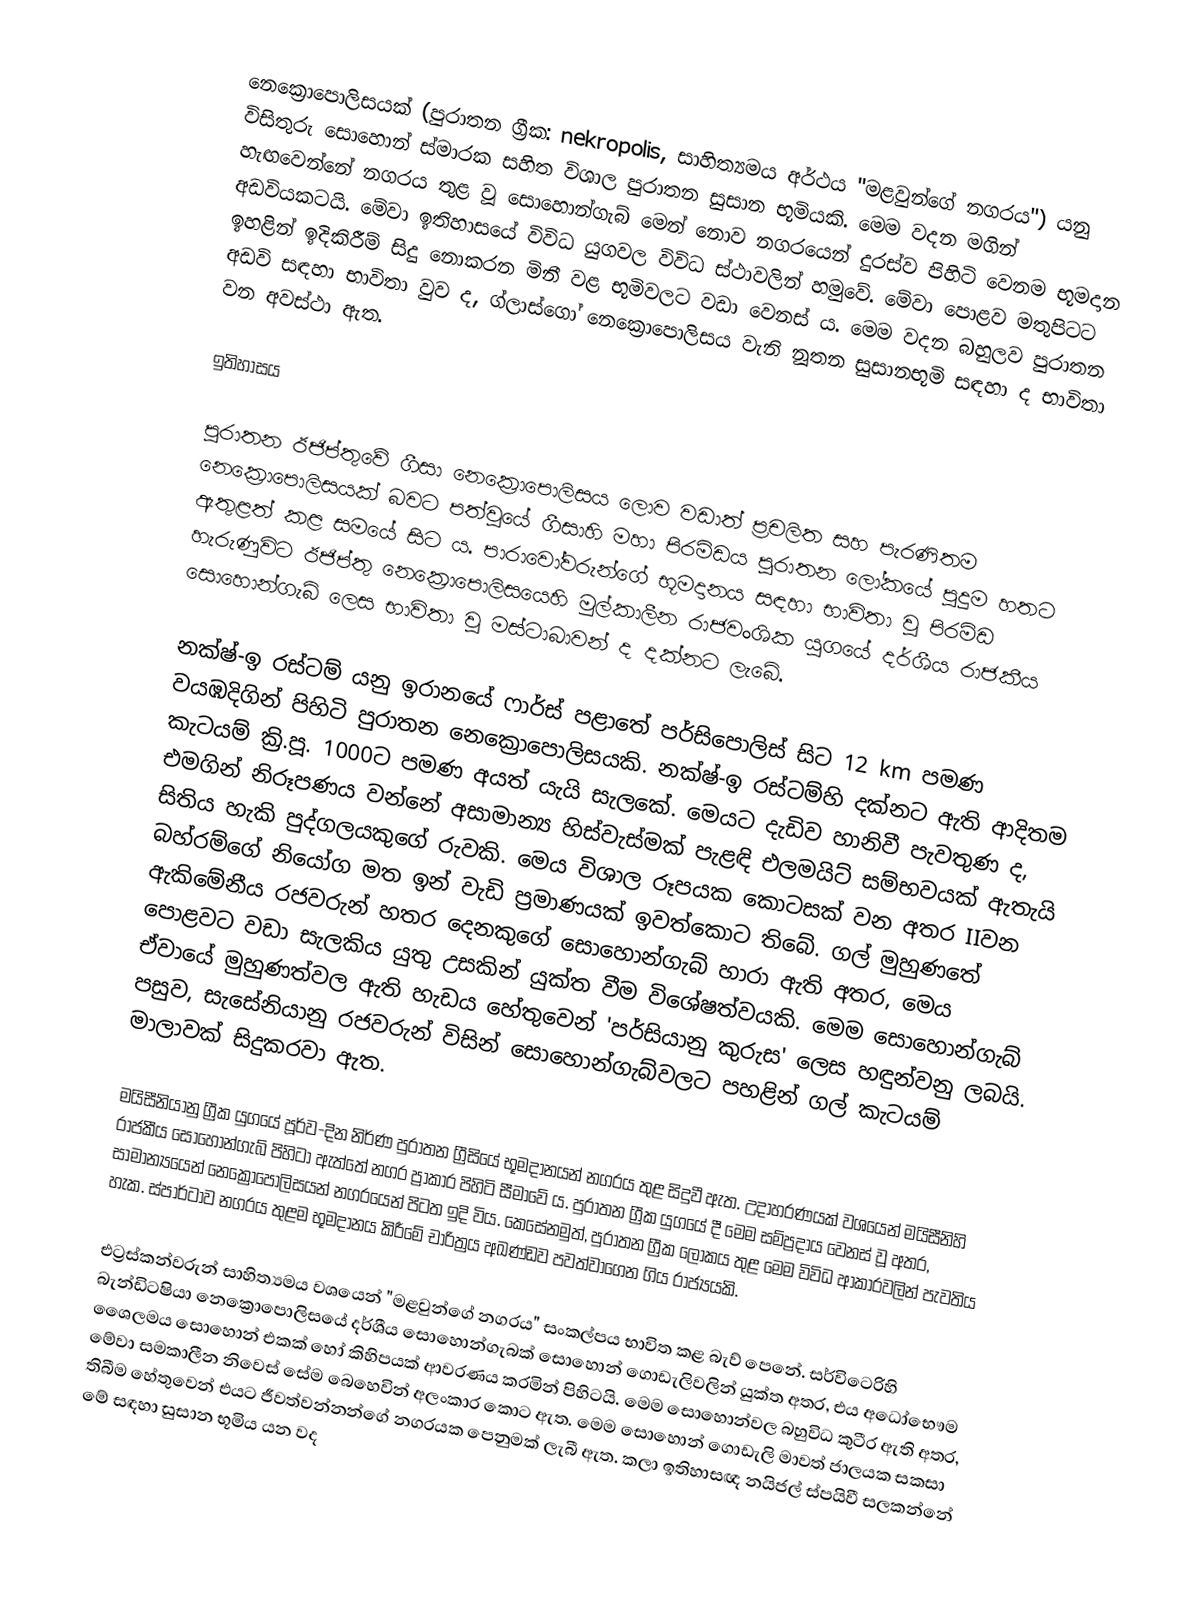
නෙක්‍රොපොලිසයක් (පුරාතන ග්‍රීක:  nekropolis, සාහිත්‍යමය අර්ථය "මළවුන්ගේ නගරය") යනු විසිතුරු සොහොන් ස්මාරක සහිත විශාල පුරාතන සුසාන භූමියකි. මෙම වදන මගින් හැඟවෙන්නේ නගරය තුළ වූ සොහොන්ගැබ් මෙන් නොව නගරයෙන් දුරස්ව පිහිටි වෙනම භූමදාන අඩවියකටයි. මේවා ඉතිහාසයේ විවිධ යුගවල විවිධ ස්ථාවලින් හමුවේ. මේවා පොළව මතුපිටට ඉහළින් ඉදිකිරීම් සිදු නොකරන මිනී වළ භූමිවලට වඩා වෙනස් ය. මෙම වදන බහුලව පුරාතන අඩවි සඳහා භාවිතා වුව ද, ග්ලාස්ගෝ නෙක්‍රොපොලිසය වැනි නූතන සුසානභූමි සඳහා ද භාවිතා වන අවස්ථා ඇත.

ඉතිහාසය

පුරාතන ඊජිප්තුවේ ගීසා නෙක්‍රොපොලිසය ලොව වඩාත් ප්‍රචලිත සහ පැරණිතම නෙ‍ක්‍රොපොලිසයක් බවට පත්වූයේ ගීසාහි මහා පිරමිඩය පුරාතන ‍ලෝකයේ පුදුම හතට ඇතුළත් කළ සමයේ සිට ය. පාරාවෝවරුන්ගේ භූමදානය සඳහා භාවිතා වූ පිරමිඩ හැරුණුවිට ඊජිප්තු නෙ‍ක්‍රොපොලිසයෙහි මුල්කාලීන රාජවංශික යුගයේ දර්ශීය රාජකීය සොහොන්ගැබ් ලෙස භාවිතා වූ මස්ටාබාවන් ද දක්නට ලැබේ.

නක්ෂ්-ඉ රස්ටම් යනු ඉරානයේ ෆාර්ස් පළාතේ පර්සිපොලිස් සිට 12 km පමණ වයඹදිගින් පිහිටි පුරාතන නෙ‍ක්‍රොපොලිසයකි. නක්ෂ්-ඉ රස්ටම්හි දක්නට ඇති ආදිතම කැටයම් ක්‍රි.පූ. 1000ට පමණ අයත් යැයි සැලකේ. මෙයට දැඩිව හානිවී පැවතුණ ද, එමගින් නිරූපණය වන්නේ අසාමාන්‍ය හිස්වැස්මක් පැළඳි එලමයිට් සම්භවයක් ඇතැයි සිතිය හැකි පුද්ගලයකුගේ රුවකි. මෙය විශාල රූපයක කොටසක් වන අතර IIවන බහ්රම්ගේ නියෝග මත ඉන් වැඩි ප්‍රමාණයක් ඉවත්කොට තිබේ. ගල් මුහුණතේ ඇකිමේනීය රජවරුන් හතර දෙනකුගේ සොහොන්ගැබ් හාරා ඇති අතර, මෙය පොළවට වඩා සැලකිය යුතු උසකින් යුක්ත වීම විශේෂත්වයකි. මෙම සොහොන්ගැබ් ඒවායේ මුහුණත්වල ඇති හැඩය හේතුවෙන් 'පර්සියානු කුරුස' ලෙස හඳුන්වනු ලබයි. පසුව, සැසේනියානු රජවරුන් විසින් සොහොන්ගැබ්වලට පහළින් ගල් කැටයම් මාලාවක් සිදුකරවා ඇත.

මයිසීනියානු ග්‍රීක යුගයේ පූර්ව-දින නිර්ණ පුරාතන ග්‍රීසියේ භූමදානයන් නගරය තුළ සිදුවී ඇත. උදාහරණයක් වශයෙන් මයිසීනිහි රාජකීය සොහොන්ගැබ් පිහිටා ඇත්තේ නගර ප්‍රාකාර පිහිටි සීමාවේ ය. පුරාතන ග්‍රීක යුගයේ දී මෙම සම්ප්‍රදාය වෙනස් වූ අතර, සාමාන්‍යයෙන් නෙක්‍රොපොලිසයන් නගරයෙන් පිටත ඉදි විය. කෙසේනමුත්, පුරාතන ග්‍රීක ලෝකය තුළ මෙම විවිධ ආකාරවලින් පැවතිය හැක. ස්පාර්ටාව නගරය තුළම භූමදානය කිරීමේ චාරිත්‍රය අඛණ්ඩව පවත්වාගෙන ගිය රාජ්‍යයකි.

එට්‍රස්කන්වරුන් සාහිත්‍යමය වශයෙන් "මළවුන්ගේ නගරය" සංකල්පය භාවිත කළ බැව් පෙනේ. සර්විටෙරිහි බැන්ඩිටෂියා නෙක්‍රොපොලිසයේ දර්ශීය සොහොන්ගැබක් සොහොන් ගොඩැලිවලින් යුක්ත අතර, එය අධෝභෞම ශෛලමය සොහොන් එකක් හෝ කිහිපයක් ආවරණය කරමින් පිහිටයි. මෙම සොහොන්වල බහුවිධ කුටීර ඇති අතර, මේවා සමකාලීන නිවෙස් සේම බෙහෙවින් අලංකාර කොට ඇත. මෙම සොහොන් ගොඩැලි මාවත් ජාලයක සකසා තිබීම හේතුවෙන් එයට ජීවත්වන්නන්ගේ නගරයක පෙනුමක් ලැබී ඇත. කලා ඉතිහාසඥ නයිජල් ස්පයිවී සලකන්නේ මේ සඳහා සුසාන භූමිය යන වද